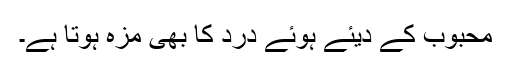
محبوب کے دیئے ہوئے درد کا بھی مزہ ہوتا ہے۔